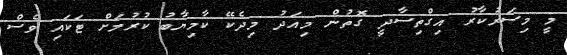
މީ މިސަރުކާރު އިގްތިސާދީ ގޮތުން މިއަދު މިދެކޭ ކާމިޔާބު ކުރުމަށް ޓަކައި ވެސް